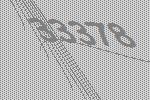
33378